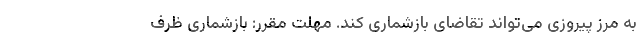
به مرز پیروزی می‌تواند تقاضای بازشماری کند. مهلت مقرر: بازشماری ظرف